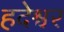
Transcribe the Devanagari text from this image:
हदेश्वर